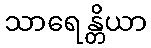
သာရေန္တိယာ